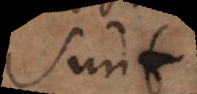
sunt